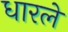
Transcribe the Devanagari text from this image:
धारले